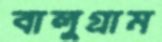
বালুগ্রাম